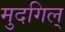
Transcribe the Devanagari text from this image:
मुदगिल्